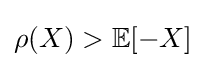
\rho (X)>\mathbb {E} [-X]